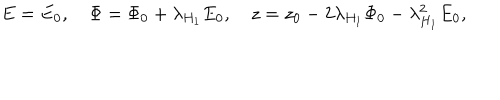
E = E _ { 0 } , \quad \Phi = \Phi _ { 0 } + \lambda _ { H _ { 1 } } E _ { 0 } , \quad z = z _ { 0 } - 2 \lambda _ { H _ { 1 } } \Phi _ { 0 } - \lambda _ { H _ { 1 } } ^ { 2 } E _ { 0 } ,